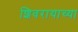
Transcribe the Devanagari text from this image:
शिवरायाच्या